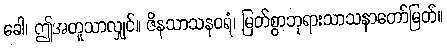
ခေါ၊ ဤအတူသာလျှင်။ ဇိနသာသနဝရံ၊ မြတ်စွာဘုရားသာသနာတော်မြတ်။